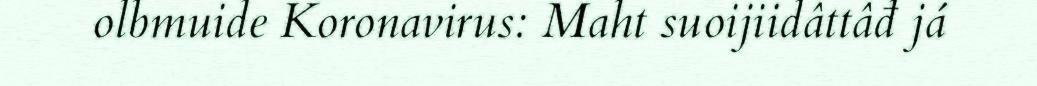
olbmuide Koronavirus: Maht suoijiidâttâđ já